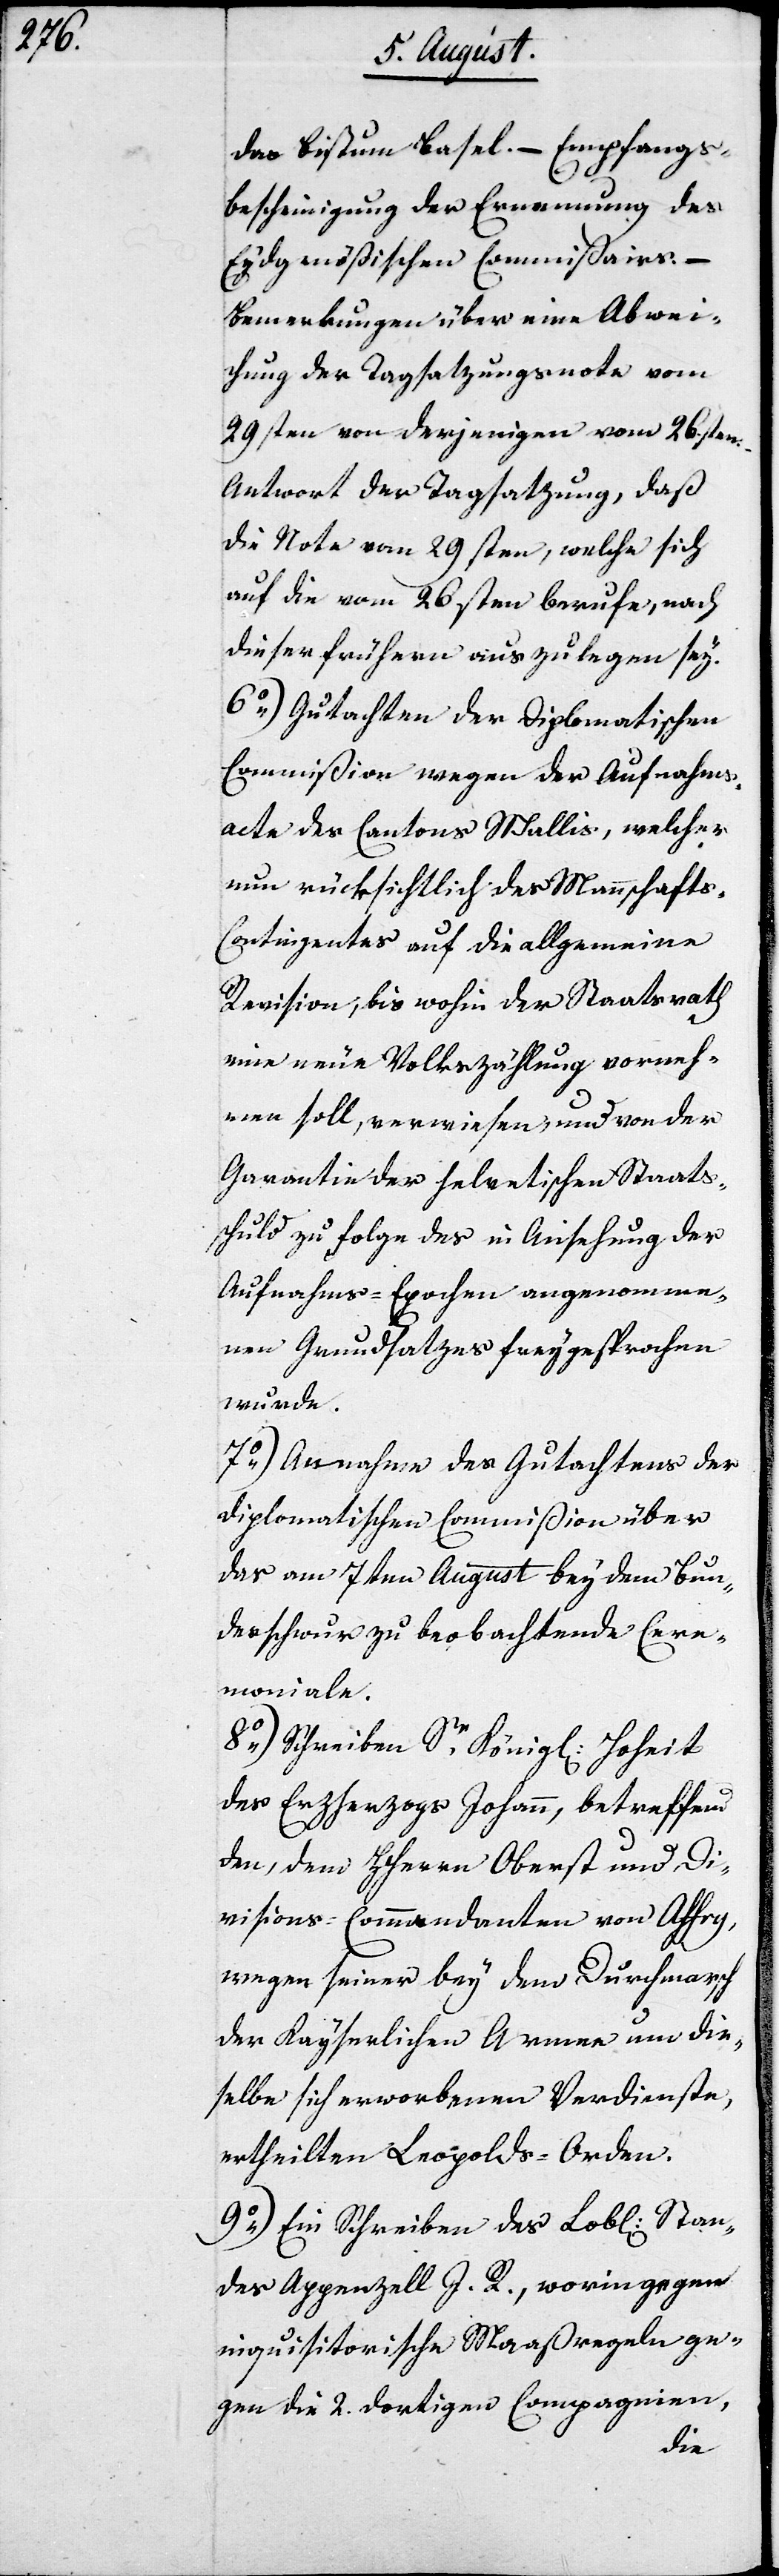
das Bistum Basel. – Empfangs¬
bescheinigung der Ernennung des
Eydgenößischen Commißairs. –
Bemerkungen über eine Abwei¬
chung der Tagsatzungsnota vom
29sten von derjenigen vom 26sten.
Antwort der Tagsatzung, daß
die Note vom 29sten, welche sich
auf die vom 26sten berufe, nach
dieser früheren auszulegen sey.
6.) Gutachten der Diplomatischen
Commißion wegen der Aufnahms¬
acte des Cantons Wallis, welcher
nun rücksichtlich des Mannschaft-C¬
ontingentes auf die allgemeine
Revision, bis wohin der Staatsrath
eine neue Volkszählung vorneh¬
men soll, verwiesen, und von der
Garantie der helvetischen Staats¬
schuld zu Folge des in Ansehung der
Aufnahms-Epochen angenomme¬
nen Grundsatzes freygesprochen
wurde.
7.) Annahme des Gutachtens der
Diplomatischen Commißion über
das am 7ten August bey dem Bun¬
desschwur zu beobachtende Cere¬
moniale.
8.) Schreiben Sr. Königl. Hoheit
des Erzherzogs Johann, betreffend
den, dem HHerrn Oberst und Di¬
visions-Commandanten von Affry,
wegen seiner bey dem Durchmarsch
der Kayserlichen Armee um die¬
selbe sich erworbenen Verdienste,
ertheilten Leopolds-Orden.
9.) Ein Schreiben des Lobl. Stan¬
des Appenzell I. R., worin gegen
inquisitorische Maßregeln ge¬
gen die 2. dortigen Compagnien,